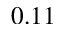
0 . 1 1